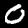
Digit: 0